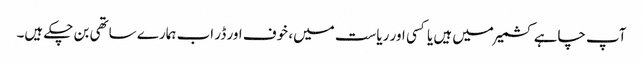
آپ چاہے کشمیر میں ہیں یا کسی اور ریاست میں، خوف اور ڈر اب ہمارے ساتھی بن چکے ہیں۔